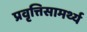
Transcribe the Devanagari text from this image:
प्रवृत्तिसामर्थ्य